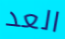
العد